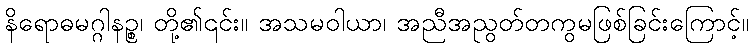
နိရောဓမဂ္ဂါနဉ္စ၊ တို့၏၎င်း။ အသမဝါယာ၊ အညီအညွတ်တကွမဖြစ်ခြင်းကြောင့်။